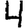
Digit: 4